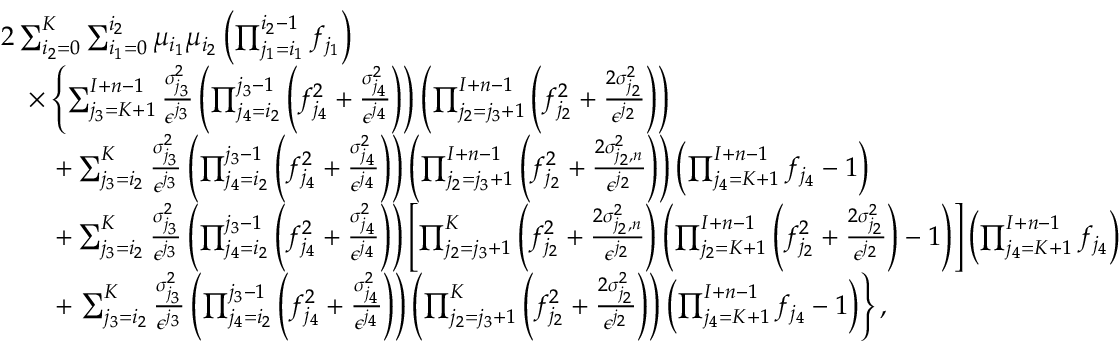
\begin{array} { r l } & { 2 \sum _ { i _ { 2 } = 0 } ^ { K } \sum _ { i _ { 1 } = 0 } ^ { i _ { 2 } } \mu _ { i _ { 1 } } \mu _ { i _ { 2 } } \left( \prod _ { j _ { 1 } = i _ { 1 } } ^ { i _ { 2 } - 1 } f _ { j _ { 1 } } \right) } \\ & { \quad \times \left\{ \sum _ { j _ { 3 } = K + 1 } ^ { I + n - 1 } \frac { \sigma _ { j _ { 3 } } ^ { 2 } } { \epsilon ^ { j _ { 3 } } } \left( \prod _ { j _ { 4 } = i _ { 2 } } ^ { j _ { 3 } - 1 } \left( f _ { j _ { 4 } } ^ { 2 } + \frac { \sigma _ { j _ { 4 } } ^ { 2 } } { \epsilon ^ { j _ { 4 } } } \right) \right) \left( \prod _ { j _ { 2 } = j _ { 3 } + 1 } ^ { I + n - 1 } \left( f _ { j _ { 2 } } ^ { 2 } + \frac { 2 \sigma _ { j _ { 2 } } ^ { 2 } } { \epsilon ^ { j _ { 2 } } } \right) \right) \right. } \\ & { \qquad + \sum _ { j _ { 3 } = i _ { 2 } } ^ { K } \frac { \sigma _ { j _ { 3 } } ^ { 2 } } { \epsilon ^ { j _ { 3 } } } \left( \prod _ { j _ { 4 } = i _ { 2 } } ^ { j _ { 3 } - 1 } \left( f _ { j _ { 4 } } ^ { 2 } + \frac { \sigma _ { j _ { 4 } } ^ { 2 } } { \epsilon ^ { j _ { 4 } } } \right) \right) \left( \prod _ { j _ { 2 } = j _ { 3 } + 1 } ^ { I + n - 1 } \left( f _ { j _ { 2 } } ^ { 2 } + \frac { 2 \sigma _ { j _ { 2 } , n } ^ { 2 } } { \epsilon ^ { j _ { 2 } } } \right) \right) \left( \prod _ { j _ { 4 } = K + 1 } ^ { I + n - 1 } f _ { j _ { 4 } } - 1 \right) } \\ & { \qquad + \sum _ { j _ { 3 } = i _ { 2 } } ^ { K } \frac { \sigma _ { j _ { 3 } } ^ { 2 } } { \epsilon ^ { j _ { 3 } } } \left( \prod _ { j _ { 4 } = i _ { 2 } } ^ { j _ { 3 } - 1 } \left( f _ { j _ { 4 } } ^ { 2 } + \frac { \sigma _ { j _ { 4 } } ^ { 2 } } { \epsilon ^ { j _ { 4 } } } \right) \right) \left[ \prod _ { j _ { 2 } = j _ { 3 } + 1 } ^ { K } \left( f _ { j _ { 2 } } ^ { 2 } + \frac { 2 \sigma _ { j _ { 2 } , n } ^ { 2 } } { \epsilon ^ { j _ { 2 } } } \right) \left( \prod _ { j _ { 2 } = K + 1 } ^ { I + n - 1 } \left( f _ { j _ { 2 } } ^ { 2 } + \frac { 2 \sigma _ { j _ { 2 } } ^ { 2 } } { \epsilon ^ { j _ { 2 } } } \right) - 1 \right) \right] \left( \prod _ { j _ { 4 } = K + 1 } ^ { I + n - 1 } f _ { j _ { 4 } } \right) } \\ & { \qquad + \left. \sum _ { j _ { 3 } = i _ { 2 } } ^ { K } \frac { \sigma _ { j _ { 3 } } ^ { 2 } } { \epsilon ^ { j _ { 3 } } } \left( \prod _ { j _ { 4 } = i _ { 2 } } ^ { j _ { 3 } - 1 } \left( f _ { j _ { 4 } } ^ { 2 } + \frac { \sigma _ { j _ { 4 } } ^ { 2 } } { \epsilon ^ { j _ { 4 } } } \right) \right) \left( \prod _ { j _ { 2 } = j _ { 3 } + 1 } ^ { K } \left( f _ { j _ { 2 } } ^ { 2 } + \frac { 2 \sigma _ { j _ { 2 } } ^ { 2 } } { \epsilon ^ { j _ { 2 } } } \right) \right) \left( \prod _ { j _ { 4 } = K + 1 } ^ { I + n - 1 } f _ { j _ { 4 } } - 1 \right) \right\} , } \end{array}